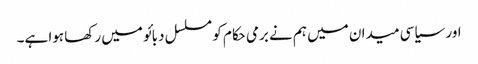
اور سیاسی میدان میں ہم نے برمی حکام کو مسلسل دبائو میں رکھا ہوا ہے۔